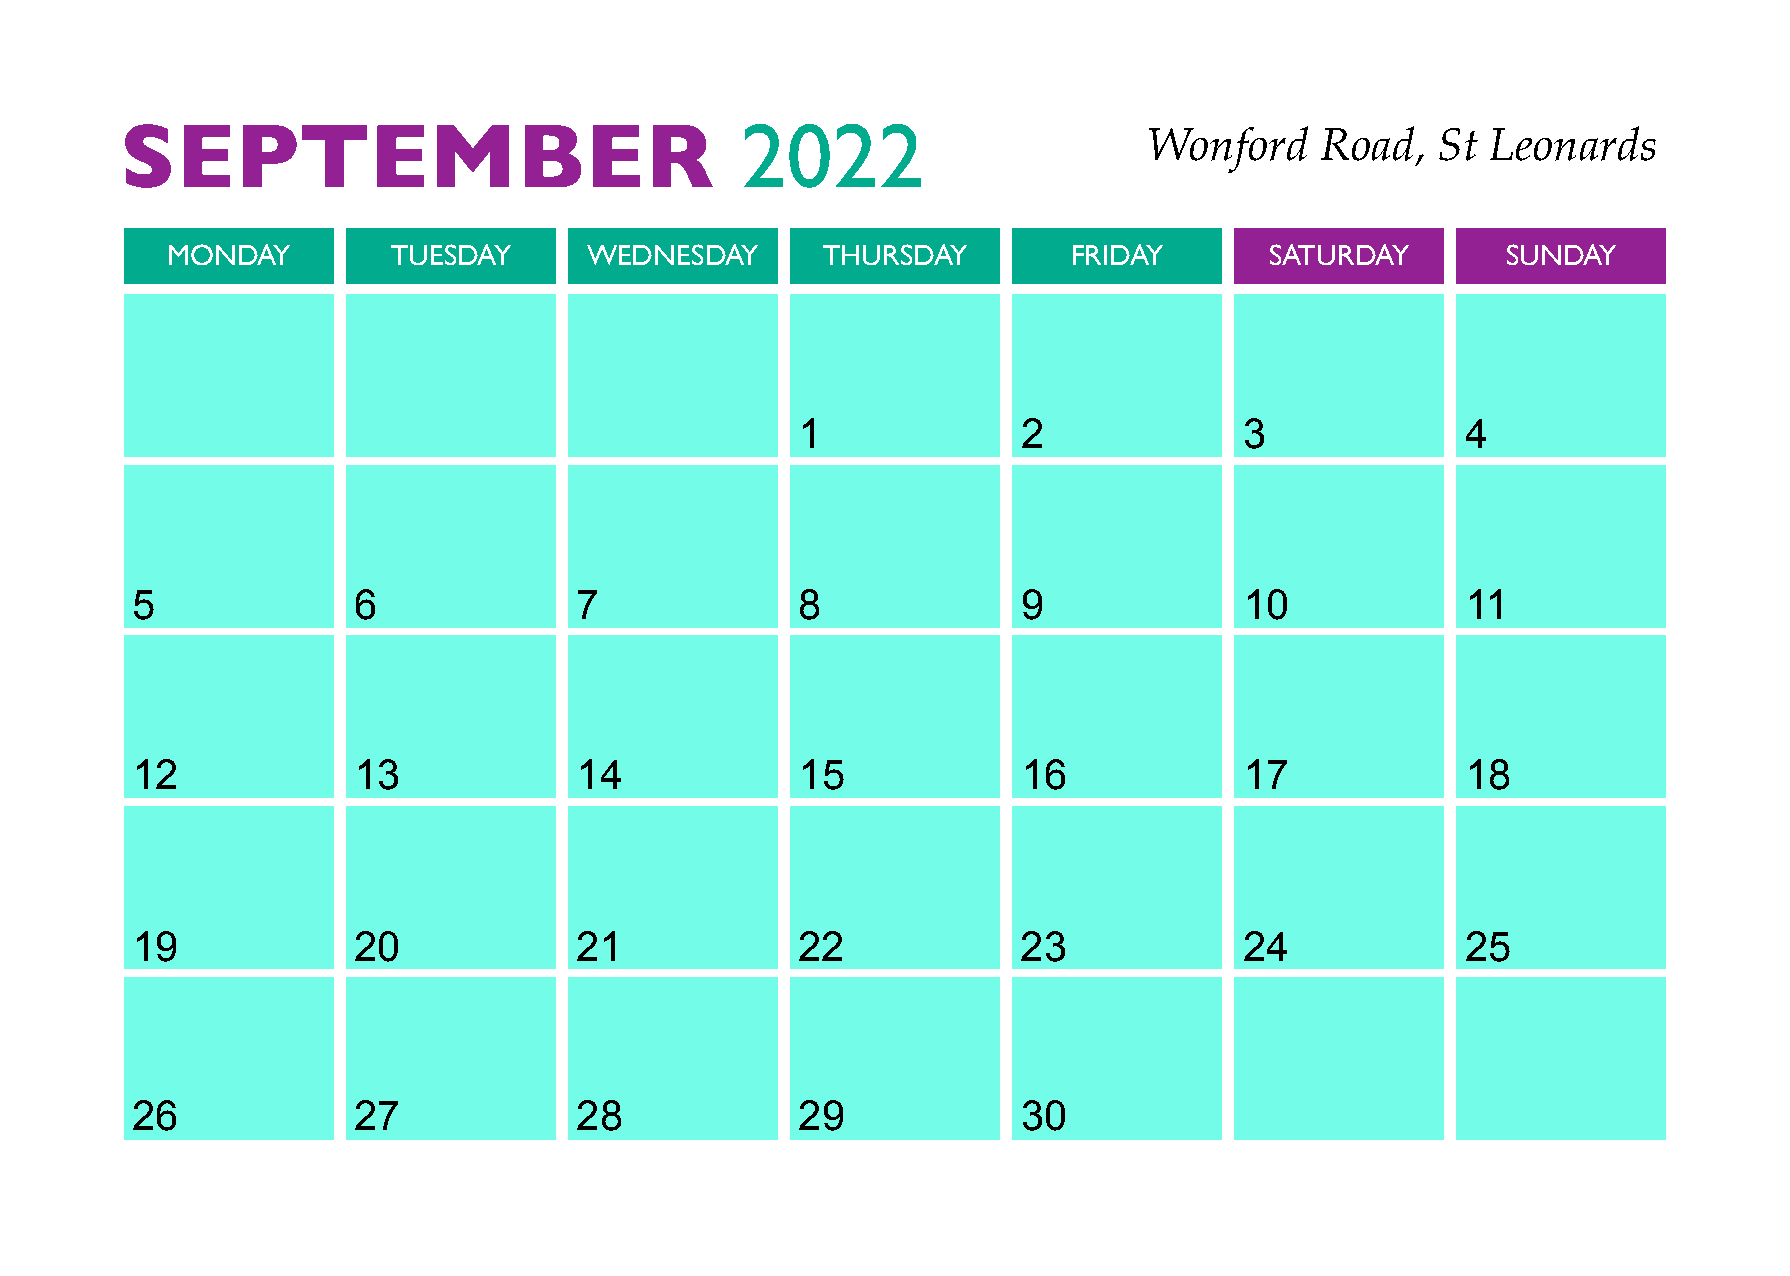
SEPTEMBER                                2022
 Wonford    Road,   St  Leonards
 MONDAY         TUESDAY      WEDNESDAY      THURSDAY         FRIDAY       SATURDAY        SUNDAY
 1              2             3              4
 5             6              7              8              9             10             11
 12            13             14             15             16            17             18
 19            20             21             22             23            24             25
 26            27             28             29             30